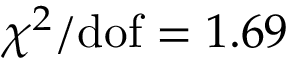
\chi ^ { 2 } / \mathrm { d o f } = 1 . 6 9